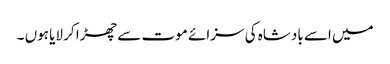
میں اسے بادشاہ کی سزائے موت سے چھڑا کر لایا ہوں ۔